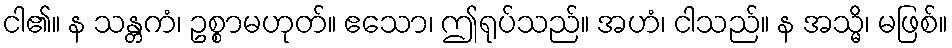
ငါ၏။ န သန္တကံ၊ ဥစ္စာမဟုတ်။ ဧသော၊ ဤရုပ်သည်။ အဟံ၊ ငါသည်။ န အသ္မိ၊ မဖြစ်။